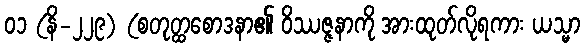
၀၁ (နိ-၂၂၉) (စတုတ္ထစောဒနာ၏ ဝိဿဇ္ဇနာကို အားထုတ်လိုရကား ယသ္မာ